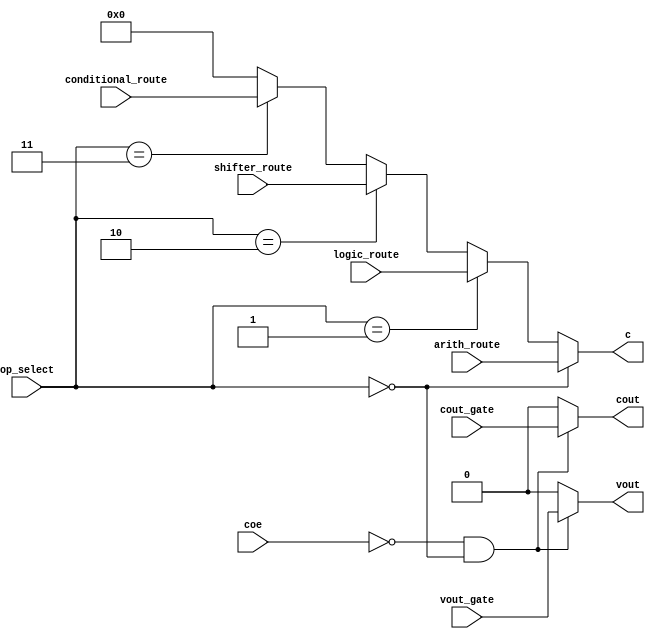
module output_mux(c, cout, vout, arith_route, cout_gate, vout_gate, logic_route, shifter_route, conditional_route, op_select, coe);

parameter N = 16;

output [N-1:0] c;
output cout, vout;

input [N-1:0] arith_route;
input cout_gate, vout_gate;
input [N-1:0] logic_route;
input [N-1:0] shifter_route;
input [N-1:0] conditional_route;
input [1:0] op_select;
input coe;

assign c =  (op_select == 2'b00 ? arith_route : 
            (op_select == 2'b01 ? logic_route : 
            (op_select == 2'b10 ? shifter_route : 
            (op_select == 2'b11 ? conditional_route : 
            16'h00
            ) ) ) );

assign cout = (!coe && (op_select == 2'b00)) ? cout_gate : 0;
assign vout = (!coe && (op_select == 2'b00)) ? vout_gate : 0;

endmodule